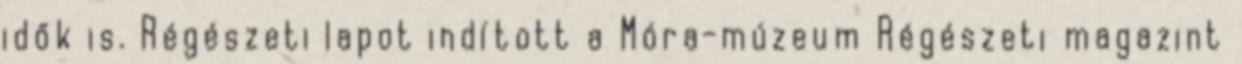
idők is. Régészeti lapot indított a Móra-múzeum Régészeti magazint